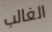
الغالب